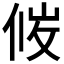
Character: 𪝇